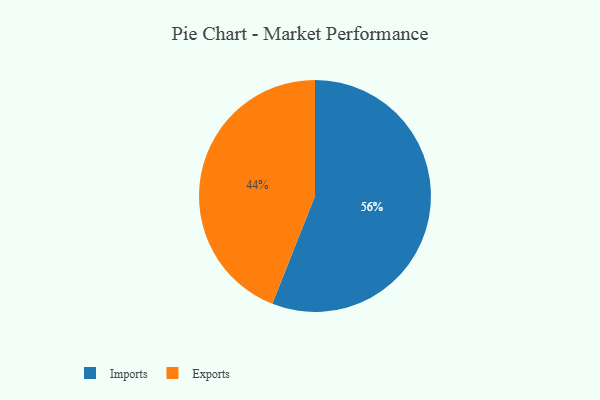
{"axis": {"x": "Category", "y": "Percentage"}, "legend": ["Exports", "Imports"], "data": [{"x": "Exports", "y": 44, "type": "Exports"}, {"x": "Imports", "y": 56, "type": "Imports"}]}